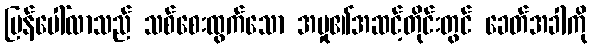
ပြန်ပေါ်လာသည် သစ်စေးထွက်သော အမှု၏အဆင့်တိုင်းတွင် ခေတ်အခါကို